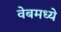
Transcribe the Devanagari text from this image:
वेबमध्ये